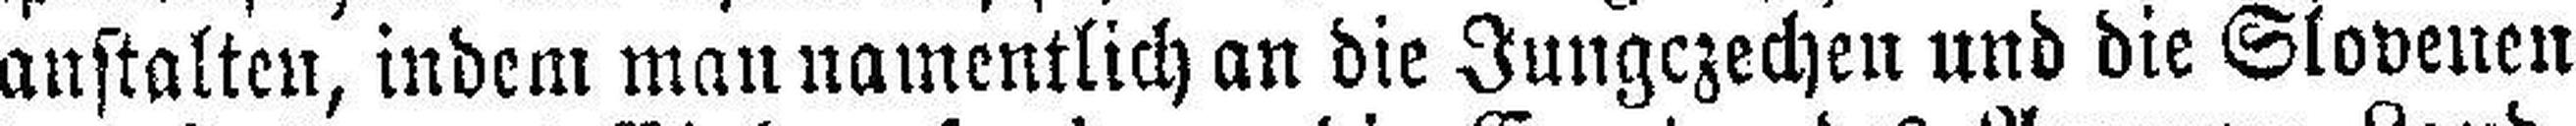
anstalten, indem man namentlich an die Jungczechen und die Slovenen